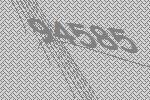
94585